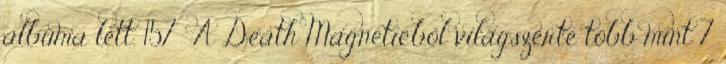
albuma lett. 157 A Death Magneticből világszerte több mint 7